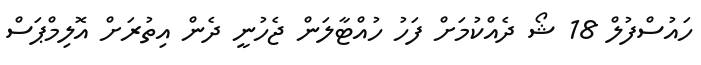
ހައުސްފުލް 18 ޝޯ ދެއްކުމަށް ފަހު ހުއްޓާލަން ޖެހުނީ ދެން އިތުރަށް އޮލިމްޕަސް